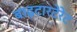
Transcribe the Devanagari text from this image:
बाइटारटेरेट